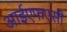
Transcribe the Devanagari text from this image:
आईएफएसी